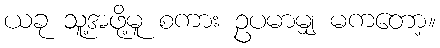
ယခု သူ့အဖို့မူ စကား ဥပမာမျှ မကတော့။